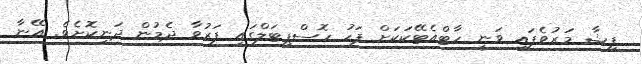
ފިޝާ މަރުވެފައި ވަނީ ހާޓްއެޓޭކަކަށް ފަހު ހޮސްޕިޓަލްގައި ފަރުވާ ދެމުން ދަނިކޮށެވެ. އޭނާ